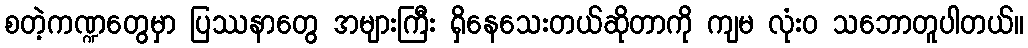
စတဲ့ကဏ္ဍတွေမှာ ပြဿနာတွေ အများကြီး ရှိနေသေးတယ်ဆိုတာကို ကျမ လုံး၀ သဘောတူပါတယ်။